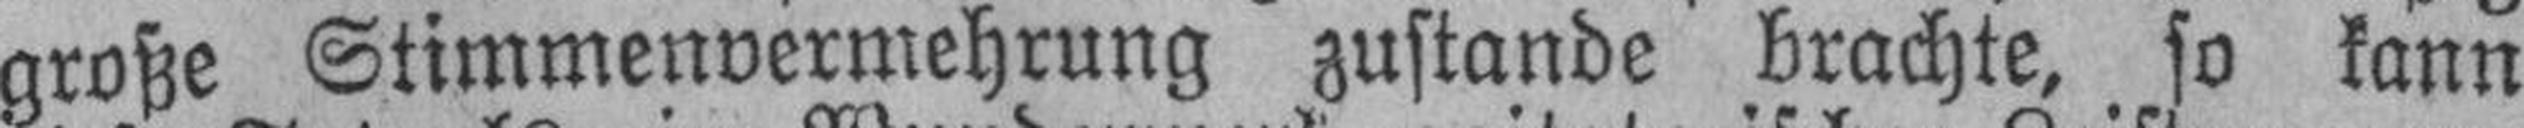
große Stimmenvermehrung zustande brachte, so kann